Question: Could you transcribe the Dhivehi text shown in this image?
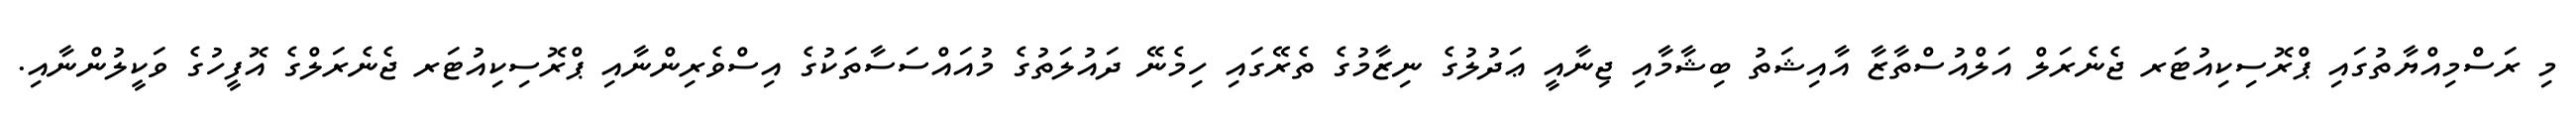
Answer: މި ރަސްމިއްޔާތުގައި ޕްރޮސިކިއުޓަރ ޖެނެރަލް އަލްއުސްތާޒާ އާއިޝަތު ބިޝާމާއި ޖިނާއީ ޢަދުލުގެ ނިޒާމުގެ ތެރޭގައި ހިމެނޭ ދައުލަތުގެ މުއައްސަސާތަކުގެ އިސްވެރިންނާއި ޕްރޮސިކިއުޓަރ ޖެނެރަލްގެ އޮފީހުގެ ވަކީލުންނާއި.